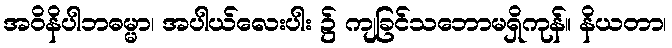
အဝိနိပါဘဓမ္မာ၊ အပါယ်လေးပါး ၌ ကျခြင်သဘောမရှိကုန်။ နိယတာ၊